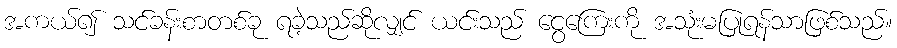
အကယ်၍ သင်ခန်းစာတစ်ခု ရခဲ့သည်ဆိုလျှင် ယင်းသည် ငွေကြေးကို အသုံးမပြုရန်သာဖြစ်သည်။